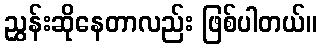
ညွှန်းဆိုနေတာလည်း ဖြစ်ပါတယ်။